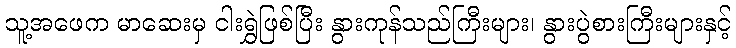
သူ့အဖေက မာဆေးမှ ငါးရွှဲဖြစ်ပြီး နွားကုန်သည်ကြီးများ၊ နွားပွဲစားကြီးများနှင့်